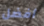
أفضل